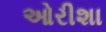
ઓરીશા